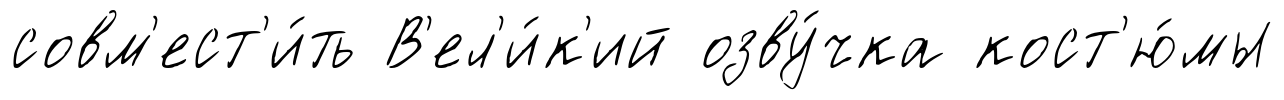
совм'ест'и́ть В'ел'и́к'ий озву́чка кост'ю́мы